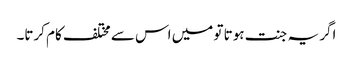
اگر یہ جنت ہوتا تو میں اس سے مختلف کام کرتا۔